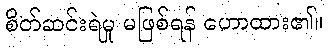
စိတ်ဆင်းရဲမှု မဖြစ်ရန် ဟောထား၏။